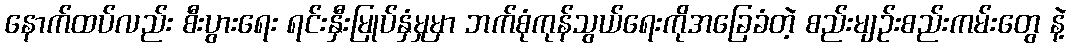
နောက်ထပ်လည်း စီးပွားရေး ရင်းနှီးမြုပ်နှံမှုမှာ ဘက်စုံကုန်သွယ်ရေးကိုအခြေခံတဲ့ စည်းမျဉ်းစည်းကမ်းတွေ နဲ့